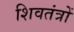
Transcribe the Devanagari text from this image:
शिवतंत्रों